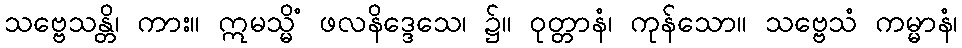
သဗ္ဗေသန္တိ၊ ကား။ ဣမသ္မိံ ဖလနိဒ္ဒေသေ၊ ၌။ ဝုတ္တာနံ၊ ကုန်သော။ သဗ္ဗေသံ ကမ္မာနံ၊